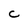
Character: c